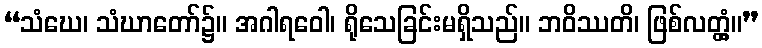
“သံဃေ၊ သံဃာတော်၌။ အဂါရဝေါ၊ ရိုသေခြင်းမရှိသည်။ ဘဝိဿတိ၊ ဖြစ်လတ္တံ့။”